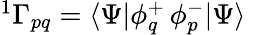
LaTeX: \begin{array}{r}{{^{1}\Gamma_{pq}}=\langle\Psi|\phi_{q}^{+}\, \phi_{p}^{-}|\Psi\rangle\quad}\end{array}